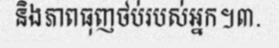
និងភាពធុញថប់របស់អ្នក។៣.